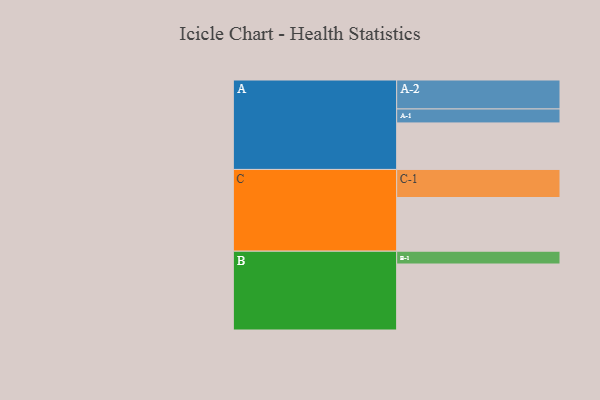
{"axis": {"x": "Segment", "y": "Value"}, "legend": ["", "A", "B", "C"], "data": [{"x": "A", "y": 363, "type": ""}, {"x": "B", "y": 515, "type": ""}, {"x": "C", "y": 419, "type": ""}, {"x": "A-1", "y": 109, "type": "A"}, {"x": "A-2", "y": 226, "type": "A"}, {"x": "B-1", "y": 100, "type": "B"}, {"x": "C-1", "y": 219, "type": "C"}]}